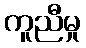
ကူညီမှု